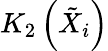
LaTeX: K_{2}\left(\tilde{X}_{i}\right)